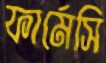
ফার্মেসি